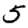
Digit: 5